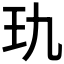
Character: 𰡭